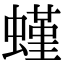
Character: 螼